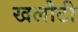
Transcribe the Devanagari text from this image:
खलौटी